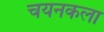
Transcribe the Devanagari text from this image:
चयनकला